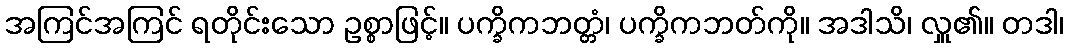
အကြင်အကြင် ရတိုင်းသော ဥစ္စာဖြင့်။ ပက္ခိကဘတ္တံ၊ ပက္ခိကဘတ်ကို။ အဒါသိ၊ လှူ၏။ တဒါ၊